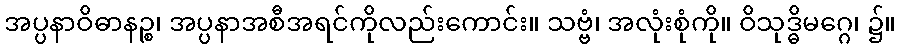
အပ္ပနာဝိဓာနဉ္စ၊ အပ္ပနာအစီအရင်ကိုလည်းကောင်း။ သဗ္ဗံ၊ အလုံးစုံကို။ ဝိသုဒ္ဓိမဂ္ဂေ၊ ၌။